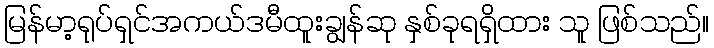
မြန်မာ့ရုပ်ရှင်အကယ်ဒမီထူးချွန်ဆု နှစ်ခုရရှိထား သူ ဖြစ်သည်။